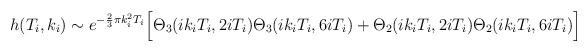
LaTeX: \begin{align*}h(T_i,k_i)\sim e^{-\frac{2}{3}\pi k_i^2 T_i}\Bigl[\Theta_3(ik_iT_i,2i T_i)\Theta_3(ik_iT_i,6iT_i)+\Theta_2(ik_iT_i,2iT_i)\Theta_2(ik_iT_i,6iT_i)\Bigr]\end{align*}